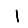
Digit: 1